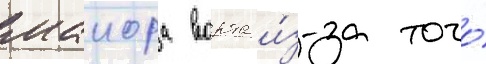
маиора ворта и́з-за того́